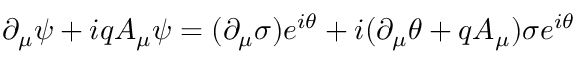
\partial _ { \mu } \psi + i q A _ { \mu } \psi = ( \partial _ { \mu } \sigma ) e ^ { i \theta } + i ( \partial _ { \mu } \theta + q A _ { \mu } ) \sigma e ^ { i \theta }